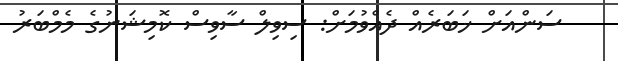
ސަންއަށް ޚަބަރެއް ދެއްވުމަށް: ސިވިލް ސާވިސް ކޮމިޝަނުގެ މެމްބަރު